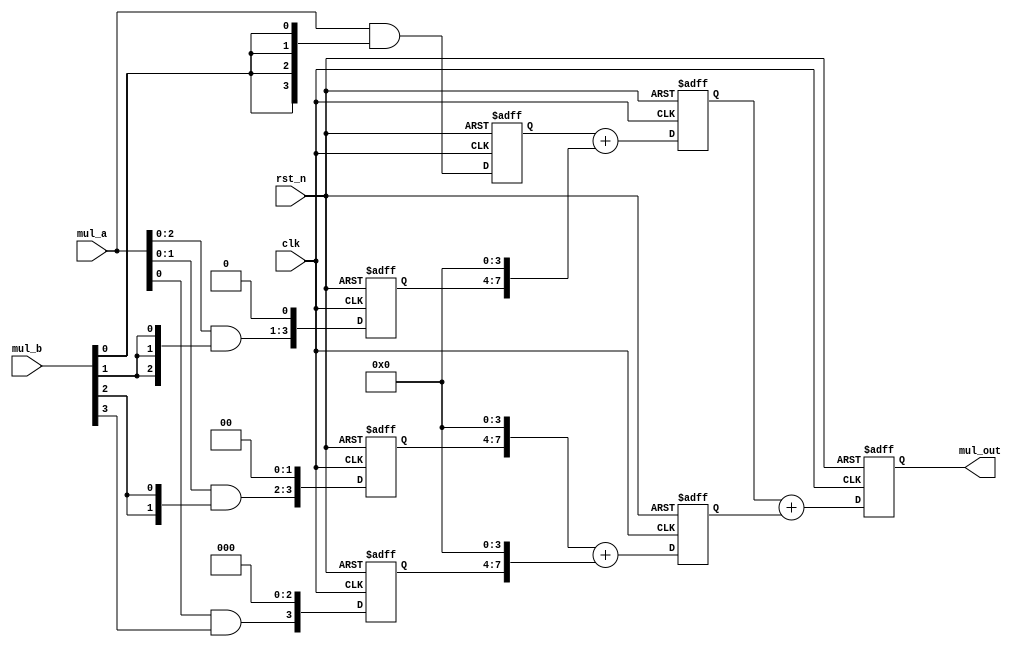
module multi_pipe(
    input clk,
    input rst_n,
    input [3:0] mul_a,
    input [3:0] mul_b,
    output reg [7:0] mul_out
);

// Define intermediate pipeline registers
reg [3:0] stage1_temp1;
reg [3:0] stage1_temp2;
reg [3:0] stage1_temp3;
reg [3:0] stage1_temp4;

reg [7:0] stage2_sum1;
reg [7:0] stage2_sum2;

// Stage 1: Shift generation
always @(posedge clk or negedge rst_n) begin
    if (!rst_n) begin
        stage1_temp1 <= 4'b0;
        stage1_temp2 <= 4'b0;
        stage1_temp3 <= 4'b0;
        stage1_temp4 <= 4'b0;
    end else begin
        stage1_temp1 <= mul_a & {4{mul_b[0]}};
        stage1_temp2 <= (mul_a & {4{mul_b[1]}}) << 1;
        stage1_temp3 <= (mul_a & {4{mul_b[2]}}) << 2;
        stage1_temp4 <= (mul_a & {4{mul_b[3]}}) << 3;
    end
end

// Stage 2: Addition
always @(posedge clk or negedge rst_n) begin
    if (!rst_n) begin
        stage2_sum1 <= 8'b0;
        stage2_sum2 <= 8'b0;
    end else begin
        stage2_sum1 <= {4'b0, stage1_temp1} + {stage1_temp2, 4'b0};
        stage2_sum2 <= {stage1_temp3, 4'b0} + {stage1_temp4, 4'b0};
    end
end

// Stage 3: Final addition
always @(posedge clk or negedge rst_n) begin
    if (!rst_n) begin
        mul_out <= 8'b0;
    end else begin
        mul_out <= stage2_sum1 + stage2_sum2;
    end
end

endmodule